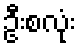
ဦးစလုံး